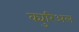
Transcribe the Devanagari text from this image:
क्युरिअल